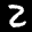
Label: 2